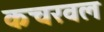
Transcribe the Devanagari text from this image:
कचरवल